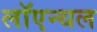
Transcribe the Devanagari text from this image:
लॉएन्थल